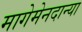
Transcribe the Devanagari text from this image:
मागेमेनदान्या